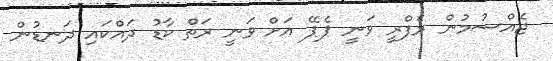
ޖެއްސުމުން ރެފްރީ ވަނީ ޕެޕޭ އަށް ވަނީ ރަތް ކާޑު ދައްކައި ދަނޑުން